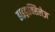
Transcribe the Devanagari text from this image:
हाइड्राक्सिलेज़